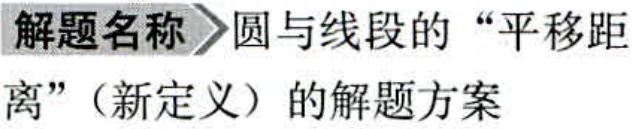
解题名称\(>\)圆与线段的“平移距
离”（新定义）的解题方案